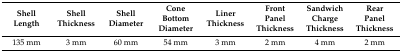
| Shell Length | Shell Thickness | Shell Diameter | Cone Bottom Diameter | Liner Thickness | Front Panel Thickness | Sandwich Charge Thickness | Rear Panel Thickness |
 | --- | --- | --- | --- | --- | --- | --- | --- |
 | 135 mm | 3 mm | 60 mm | 54 mm | 3 mm | 2 mm | 4 mm | 2 mm |